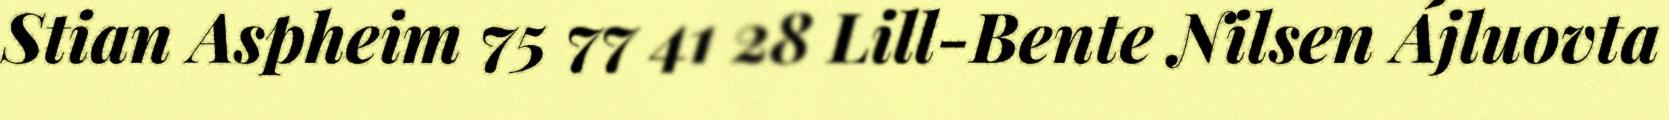
Stian Aspheim 75 77 41 28 Lill-Bente Nilsen Ájluovta